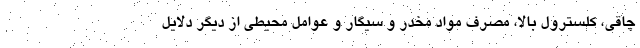
چاقی، کلسترول بالا، مصرف مواد مخدر و سیگار و عوامل محیطی از دیگر دلایل